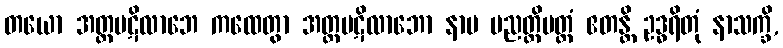
တယော အတ္တပဋိလာဘေ ကထေတွာ အတ္တပဋိလာဘော နာမ ပညတ္တိမတ္တံ ဧတန္တိ ဥဒ္ဓရိတုံ နာသက္ခိ,